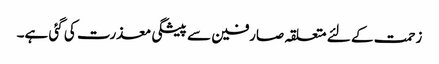
زحمت کے لئے متعلقہ صارفین سے پیشگی معذرت کی گئی ہے۔